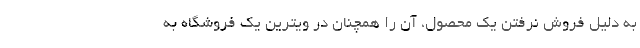
به دلیل فروش نرفتن یک محصول، آن را همچنان در ویترین یک فروشگاه به